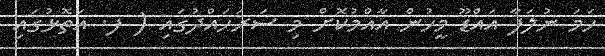
ހަމަ ނުލަފާ އައްޑޫ މީހުން އާއްމުކޮށް މި ސަރަހައްދުގައި ( ފ. އަތޮޅުގައި